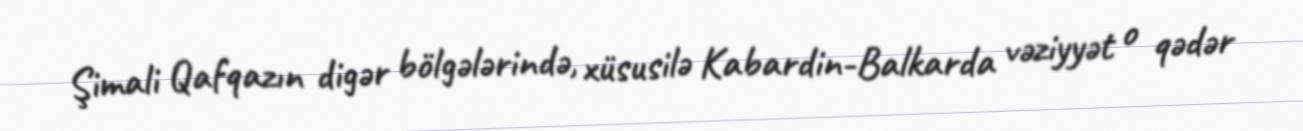
Şimali Qafqazın digər bölgələrində, xüsusilə Kabardin-Balkarda vəziyyət o qədər